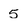
Character: 5